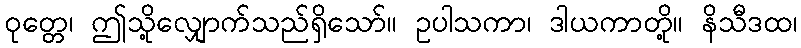
ဝုတ္တေ၊ ဤသို့လျှောက်သည်ရှိသော်။ ဥပါသကာ၊ ဒါယကာတို့။ နိသီဒထ၊